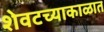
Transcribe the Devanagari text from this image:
शेवटच्याकाळात